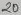
Text: 20